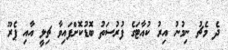
ދެ މެޗު ނިމުނު އިރު ކުއާޓަގެ ފުރުސަތު ބޮޑުކޮށްފައިވާ ޗިލީ އާއި ޕެރޫ